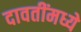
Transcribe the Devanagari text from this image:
दावतींमध्ये